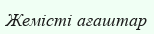
Жемісті ағаштар